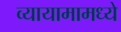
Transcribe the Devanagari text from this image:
व्यायामामध्ये